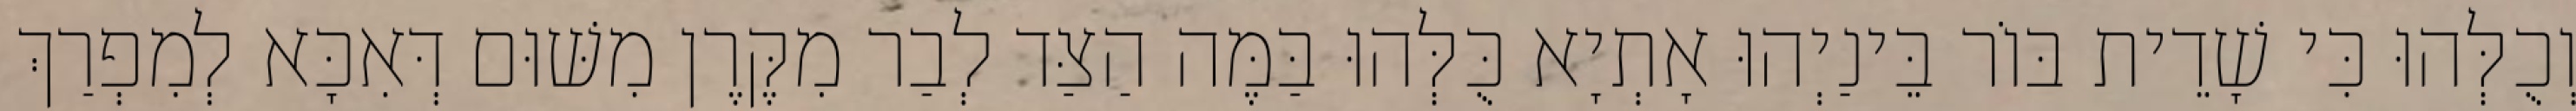
וְכֻלְּהוּ כִּי שָׁדֵית בּוֹר בֵּינַיְהוּ אָתְיָא כֻּלְּהוּ בַּמֶּה הַצַּד לְבַר מִקֶּרֶן מִשּׁוּם דְּאִכָּא לְמִפְרַךְ